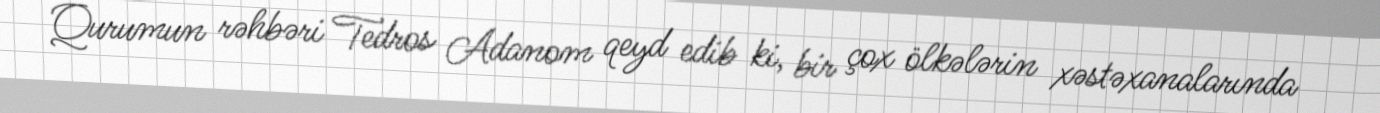
Qurumun rəhbəri Tedros Adanom qeyd edib ki, bir çox ölkələrin xəstəxanalarında